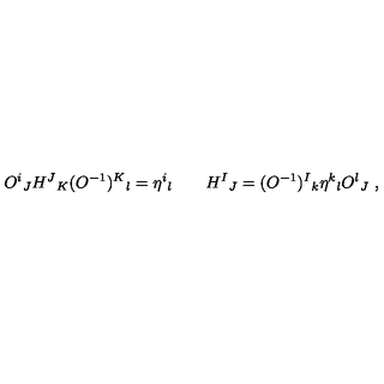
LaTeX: O ^ { i } { } _ { J } H ^ { J } { } _ { K } ( O ^ { - 1 } ) ^ { K } { } _ { l } = \eta ^ { i } { } _ { l } \qquad H ^ { I } { } _ { J } = ( O ^ { - 1 } ) ^ { I } { } _ { k } \eta ^ { k } { } _ { l } O ^ { l } { } _ { J } \ ,